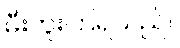
မီးကူးကြရသည်။